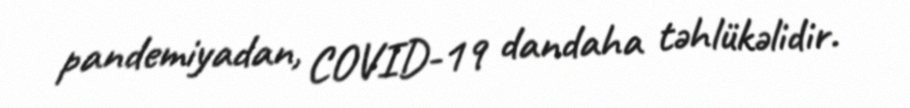
pandemiyadan, COVID-19 dandaha təhlükəlidir.